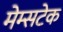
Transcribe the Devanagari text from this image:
मेम्सटेक